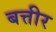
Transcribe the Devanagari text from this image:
बत्तीर